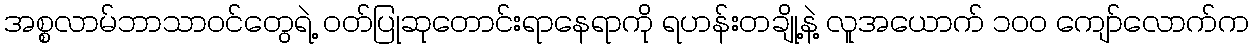
အစ္စလာမ်ဘာသာဝင်တွေရဲ့ ဝတ်ပြုဆုတောင်းရာနေရာကို ရဟန်းတချို့နဲ့ လူအယောက် ၁၀၀ ကျော်လောက်က